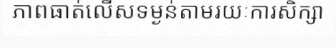
ភាពធាត់លើសទម្ងន់តាមរយៈការសិក្សា